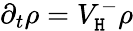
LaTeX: \partial_{t}\rho=V_{\mathtt{H}}^{-}\rho